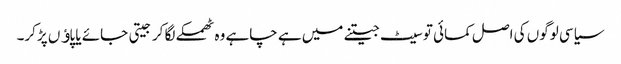
سیاسی لوگوں کی اصل کمائی تو سیٹ جیتنے میں ہے چاہے وہ ٹھمکے لگا کر جیتی جائے یا پاﺅں پڑکر۔